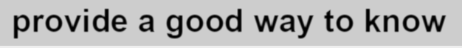
provide a good way to know